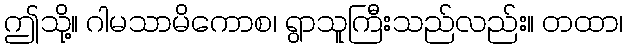
ဤသို့။ ဂါမသာမိကောစ၊ ရွာသူကြီးသည်လည်း။ တထာ၊